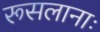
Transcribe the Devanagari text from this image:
रूसलानाः